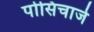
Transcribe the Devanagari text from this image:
पोसिचार्ज